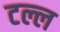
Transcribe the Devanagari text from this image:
टल्ल